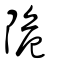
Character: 陒